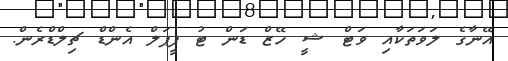
އޭނާގެ ލަވަތަކާއި ވަޓް ޝީ ހޭޒް ޑަން ޓު ޕީޕަލް އެންޑް ޗިލްޑްރެން.